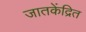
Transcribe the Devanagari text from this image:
जातकेंद्रित